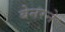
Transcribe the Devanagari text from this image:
बेनरने